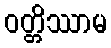
ဝတ္တိဿာမ